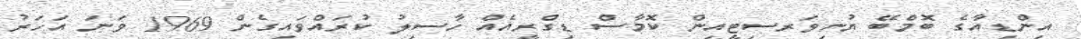
އިންޑިއާގެ ބޮމްބޭ ޔުނިވަރސިޓީއިން ކޮމާސް ޑިގްރީއެއް ހާސިލު ކުރައްވައިގެން 1969 ވަނަ އަހަރު